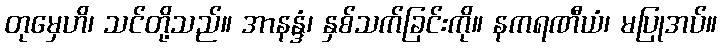
တုမှေဟိ၊ သင်တို့သည်။ အာနန္ဒံ၊ နှစ်သက်ခြင်းကို။ နကရဏီယံ၊ မပြုအပ်။